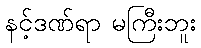
နင့်ဒဏ်ရာ မကြီးဘူး